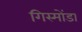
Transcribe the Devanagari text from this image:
गिस्मोंडा